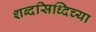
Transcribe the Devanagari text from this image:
शब्दसिध्दिच्या